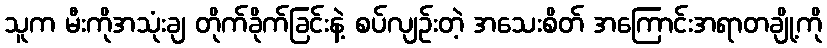
သူက မီးကိုအသုံးချ တိုက်ခိုက်ခြင်းနဲ့ စပ်လျဉ်းတဲ့ အသေးစိတ် အကြောင်းအရာတချို့ကို